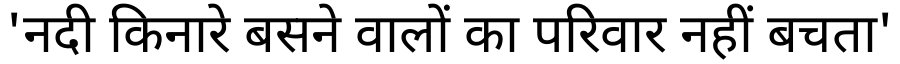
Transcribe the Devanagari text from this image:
'नदी किनारे बसने वालों का परिवार नहीं बचता'